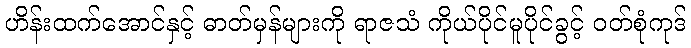
ဟိန်းထက်အောင်နှင့် ဓာတ်မှန်များကို ရာဇသံ ကိုယ်ပိုင်မူပိုင်ခွင့် ဝတ်စုံကုဒ်